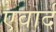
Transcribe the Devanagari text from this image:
एवार्द